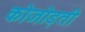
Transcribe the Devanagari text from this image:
कोजोड़ती